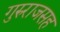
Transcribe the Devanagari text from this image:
गुरुराजसह